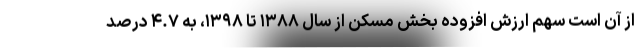
از آن است سهم ارزش افزوده بخش مسکن از سال ۱۳۸۸ تا ۱۳۹۸، به ۴.۷ درصد